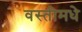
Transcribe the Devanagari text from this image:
वस्तीमधे